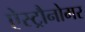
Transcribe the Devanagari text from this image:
ऐस्ट्रौनोमर